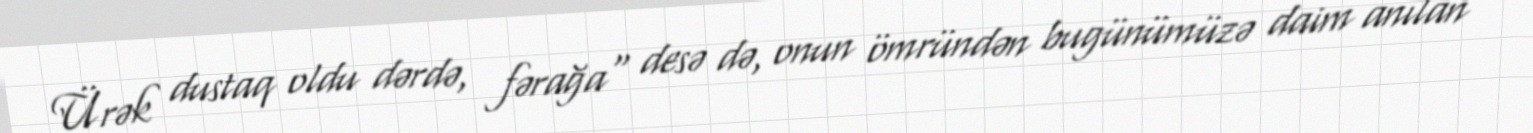
Ürək dustaq oldu dərdə, fərağa" desə də, onun ömründən bugünümüzə daim anılan